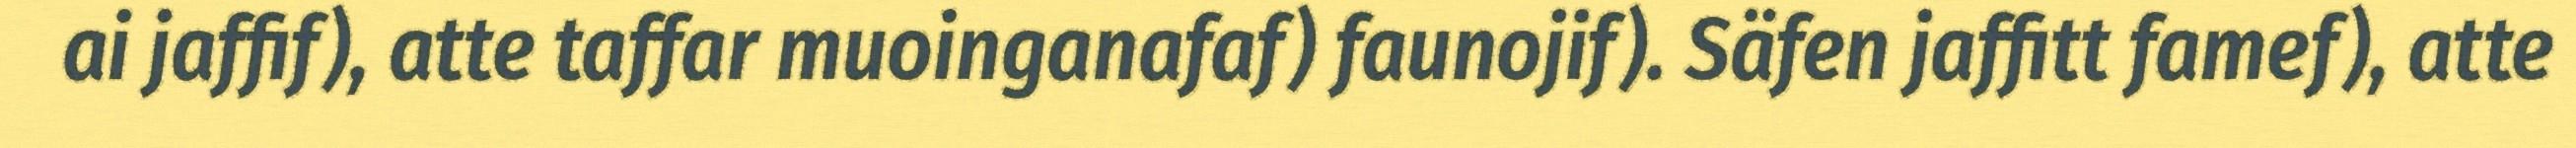
ai jaffif), atte taffar muoinganafaf) faunojif). Säfen jaffitt famef), atte